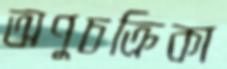
অণুচক্রিকা